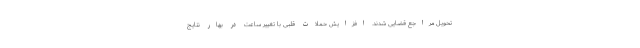
تحویل مراجع قضایی شدند. افزایش حملات قلبی با تغییر ساعت در بهار نتایج